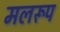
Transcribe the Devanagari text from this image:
मलरूप